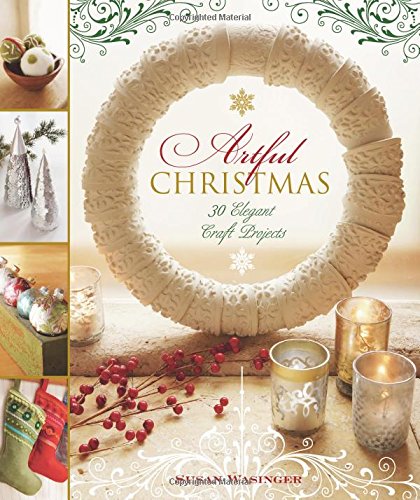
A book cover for Artful Christmas: 30 Elegant Craft Projects; Susan Wasinger; Crafts, Hobbies & Home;